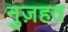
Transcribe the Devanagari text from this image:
नुज़हत